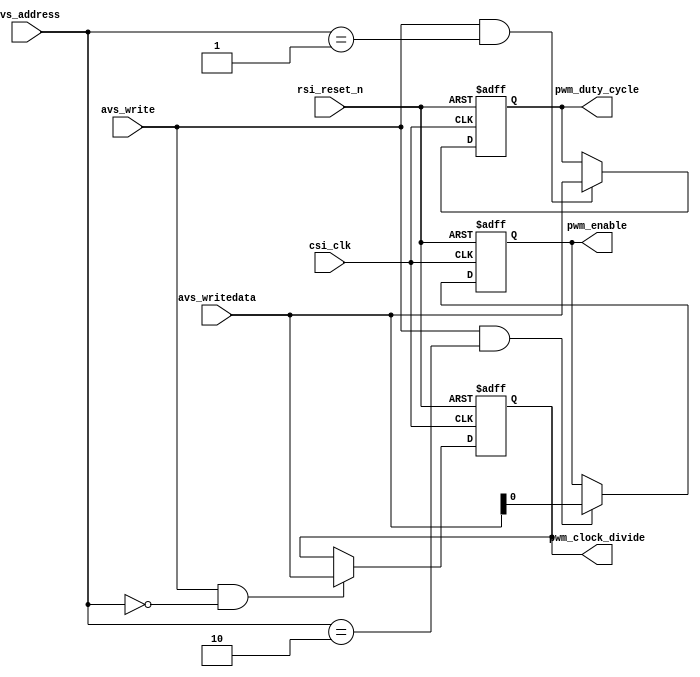
//---------------------------------------------------------------------------
//-- 		:	zircon_avalon_buzzer_register.v
//-- 		:	IP
//-- 	:	2014-1-1
//-- 		:	Zircon Opto-Electronic Technology CO.,Ltd.
//---------------------------------------------------------------------------
module zircon_avalon_buzzer_register
(	
	//
	csi_clk,rsi_reset_n, 
	//Avalon
	avs_address,avs_write,avs_writedata,
	//
	pwm_clock_divide,pwm_duty_cycle,pwm_enable
);


input 					csi_clk;			    		//
input 					rsi_reset_n;				//
input 	  	[ 1:0] 	avs_address;	     		//Avalon
input 					avs_write;					//Avalon
input 	  	[31:0] 	avs_writedata;				//Avalon
output reg 	[31:0] 	pwm_clock_divide; 		//
reg 			[31:0] 	pwm_clock_divide_n;		//pwm_clock_divide
output reg 	[31:0] 	pwm_duty_cycle;   		//
reg 			[31:0] 	pwm_duty_cycle_n;  		//pwm_duty_cycle
output reg       		pwm_enable;       		//
reg        				pwm_enable_n;	 			//pwm_enalbe


//,
always @ (posedge csi_clk or negedge rsi_reset_n)
begin
	if(!rsi_reset_n)									//
		pwm_clock_divide <= 1'b0;					//
	else
		pwm_clock_divide <= pwm_clock_divide_n;//
end

//032
always @ (*)
begin
	if((avs_write) && (avs_address == 2'b00))	//
		pwm_clock_divide_n = avs_writedata;		//,
	else
		pwm_clock_divide_n = pwm_clock_divide;	//
end

//,
always @ (posedge csi_clk or negedge rsi_reset_n)
begin
	if(!rsi_reset_n)									//
		pwm_duty_cycle <= 1'b0;						//
	else
		pwm_duty_cycle <= pwm_duty_cycle_n;		//
end

//132
always @ (*)
begin
	if((avs_write) && (avs_address == 2'b01))	//
		pwm_duty_cycle_n = avs_writedata;		//,
	else
		pwm_duty_cycle_n = pwm_duty_cycle;		//
end
				
//,
always @ (posedge csi_clk or negedge rsi_reset_n)
begin
	if(!rsi_reset_n)									//
		pwm_enable <= 1'b0;							//
	else
		pwm_enable <= pwm_enable_n;				//
end

//21
always @ (*)
begin
	if((avs_write) && (avs_address == 2'b10))	//
		pwm_enable_n = avs_writedata[0];			//,
	else
		pwm_enable_n = pwm_enable;					//
end

endmodule